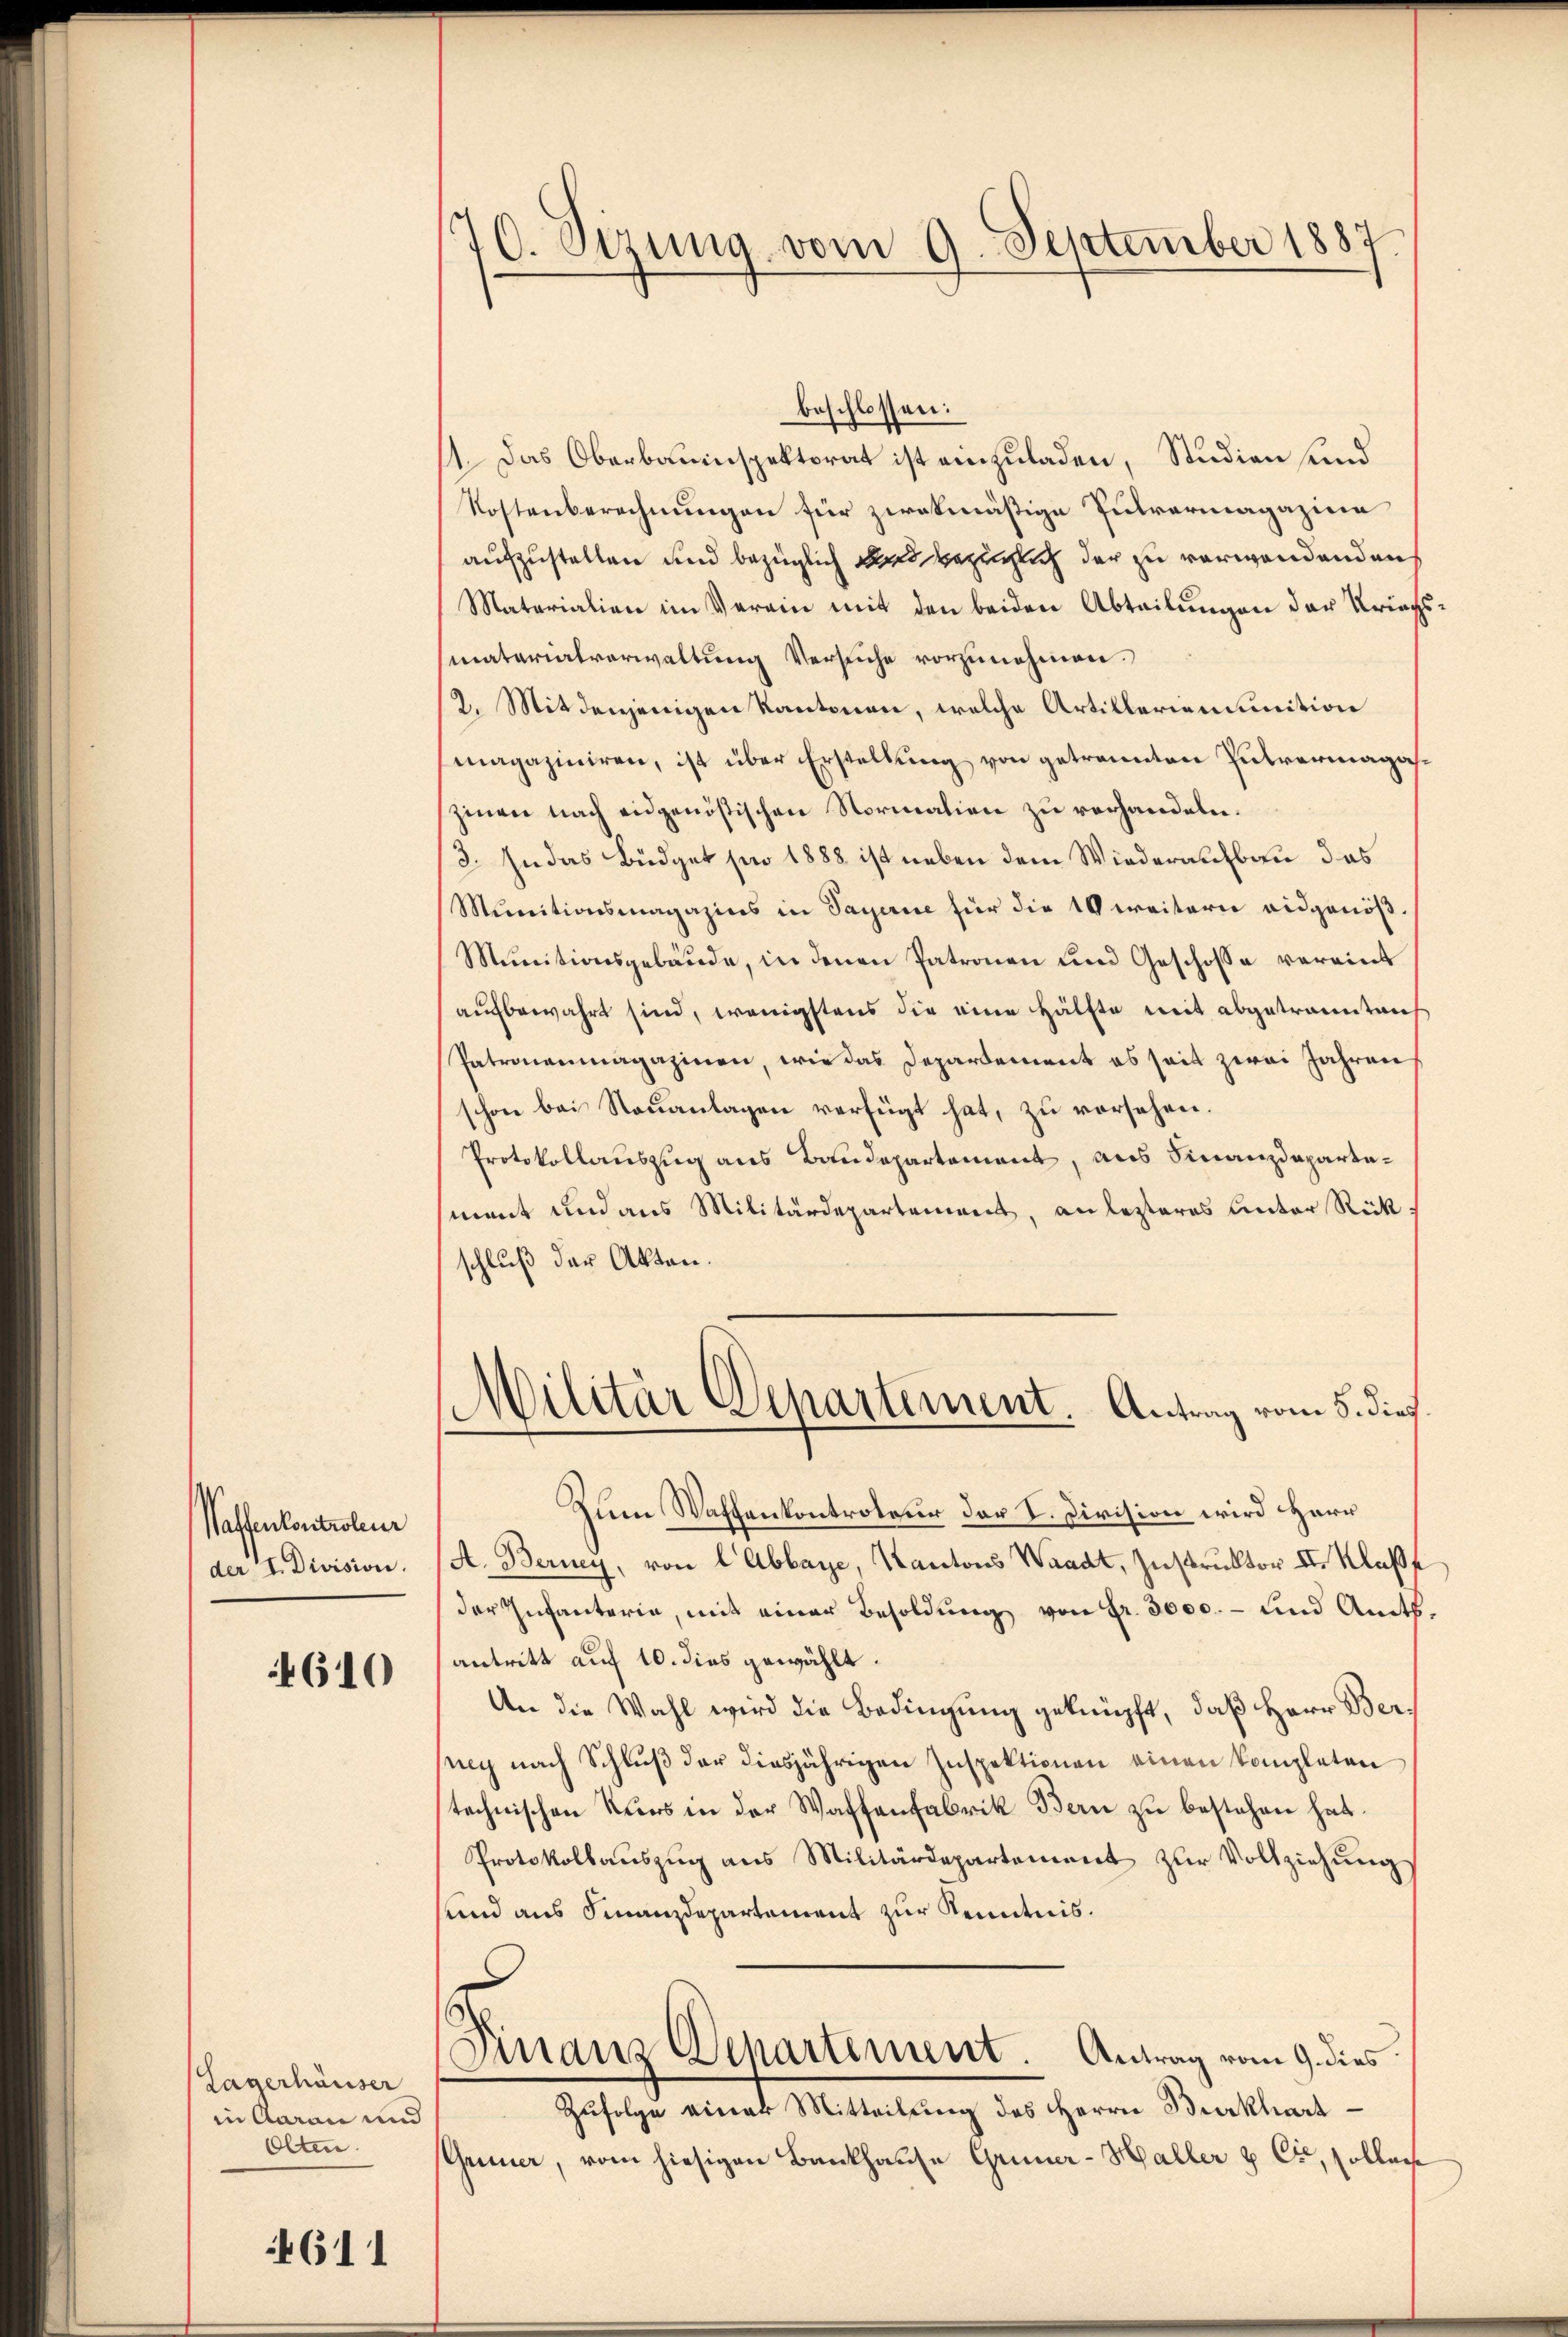
Waffenkontroleur
der I. Division.

610

Lagerhäuser
in Aarau und
Olten.

611

10. Sizung vom 9. September 1887

beschlossen:
11. Das Oberbauinspektorat ist einzuladen, Studien und
Kostenberechnungen für zwekmäßige Pulvermagazina
aufzustellen und bezüglich wird bezüglich der zu verwendendens
Materialien im Verein mit den beiden Abteilungen der Kriegssmaterialverwaltung Versuche vorzunehmen.
2. Mit denjenigen Kantonen, welche Artilleriemuunition
magaziniren, ist über Erstellung von getrannten Putvermagaszinen nach eidgenößischen Normalien zu verhandeln.
3. In das Büdget pro 1888 ist neben dem Wiederaufbau das
Munitionsmagazins in Sagerie für die 10 weitern eidgenöß¬
Munitionsgebäude, in denen Patronen und Geschosse vereint
aufbewahrt sind, wenigstens die eine Hälfte mit abgetrannt mich
Patronenmagazinen, wie das Departement es seit zwei Jahren,
schon bei Stauanlagen verfügt hat, zu vorsehen.
Protokollauszug aus Baudepartement, aus Finanzdepartament und aus Militärdepartement, an lezteres Unter Rückschluß der Akten.
Militär Departement. Antrag vom 5. dies
Klein Waffenkontrateur der I. Division wird Herr
A. Berney, von l Abbaye, Kantons Waadt, Instruktor II. Klaße
der Infanterie, mit einer Besoldung von fr. 3000.- und Amtsantritt auf 10. dies gewählt.
An die Wahl wird die Bedingung geknüpft, daß Herr Bereg nach Schluß der diesjährigen Inspektionen einen kompleten
technischen Kurs in der Waffenfabrik Bern zu bestehen hat.
Protokollauszug aus Militärdepartement zur Vollziehung
end aus Finanzdepartement zur Kenntnis.
Finanz-Departement. Antrag vom 9. dies
Zufolge einer Mitteilung des Herrn Burkhart¬
Grüner, vom hiesigen Bankhause Grüner-Haller & Cie, sollene